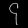
Digit: ၄